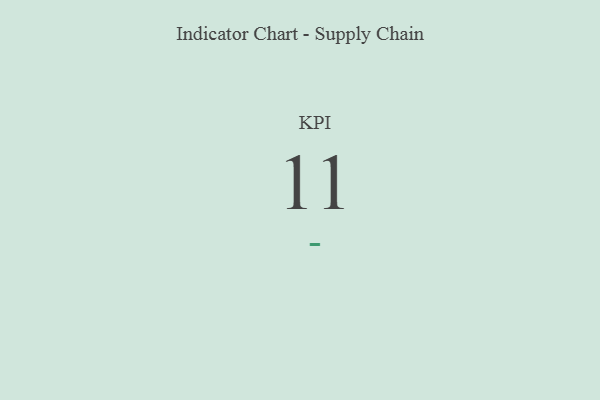
{"axis": {"x": "KPI", "y": "Value"}, "legend": [""], "data": [{"x": "KPI", "y": 11, "type": ""}]}